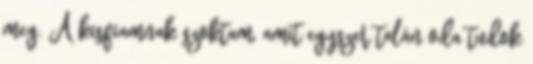
meg. A kisfiamnak szoktam, amit egyszer talán oda tudok